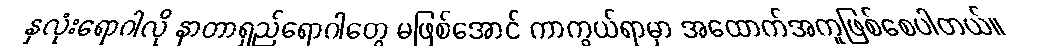
နှလုံးရောဂါလို နာတာရှည်ရောဂါတွေ မဖြစ်အောင် ကာကွယ်ရာမှာ အထောက်အကူဖြစ်စေပါတယ်။